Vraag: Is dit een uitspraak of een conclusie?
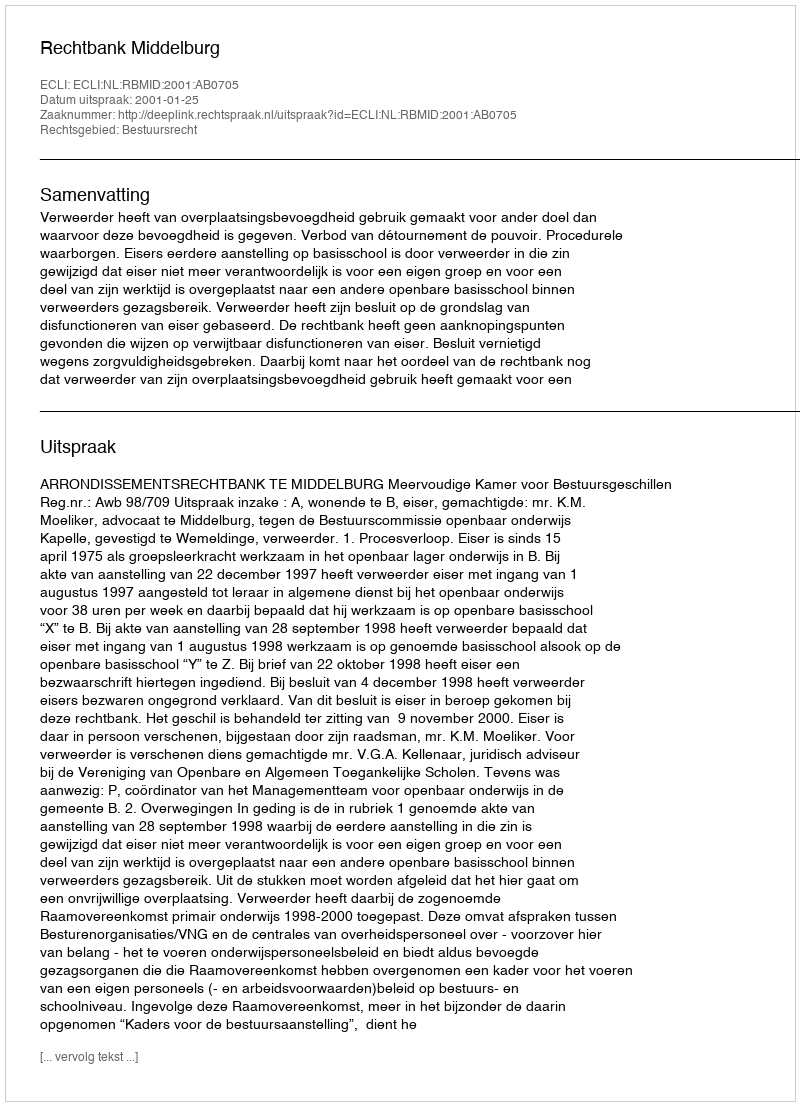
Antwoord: Uitspraak